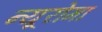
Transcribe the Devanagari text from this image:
न्यूरोमा